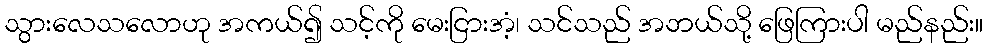
သွားလေသလောဟု အကယ်၍ သင့်ကို မေးငြားအံ့၊ သင်သည် အဘယ်သို့ ဖြေကြားပါ မည်နည်း။